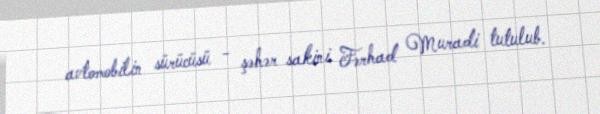
avtomobilin sürücüsü - şəhər sakini Fərhad Muradi tutulub.